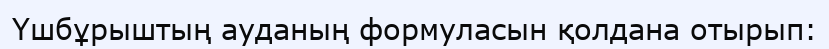
Үшбұрыштың ауданың формуласын қолдана отырып: